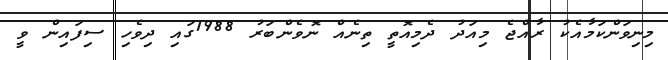
މިނިވަންކަމާއެކު ރާއްޖެ މިއަދު ދެމިއޮތީ ތިނެއް ނޮވެންބަރު 1988ގައި ދިވެހި ސިފައިން ވީ